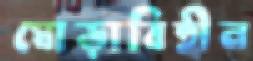
ঘোড়াবিহীন